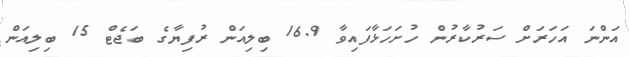
އަންނަ އަހަރަށް ސަރުކާރުން ހުށަހަޅާފައިވާ 16.9 ބިލިއަން ރުފިޔާގެ ބަޖެޓް 15 ބިލިއަން